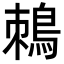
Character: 𪀜